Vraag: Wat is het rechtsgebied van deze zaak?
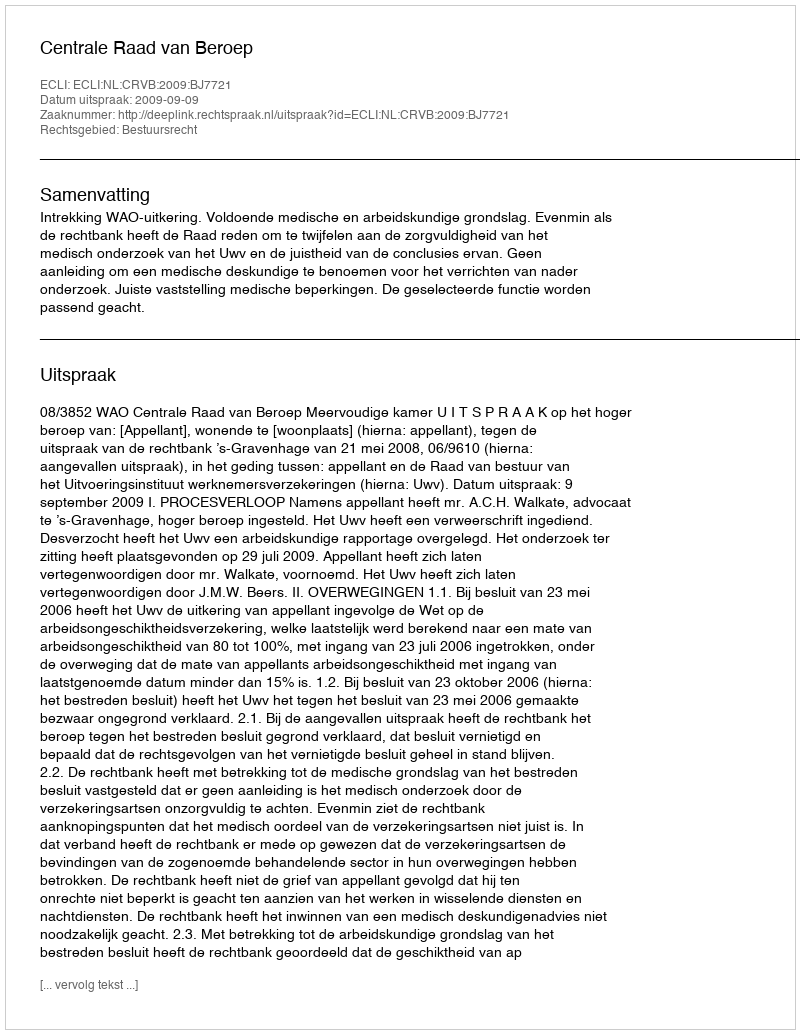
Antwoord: Bestuursrecht